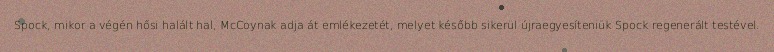
Spock, mikor a végén hősi halált hal, McCoynak adja át emlékezetét, melyet később sikerül újraegyesíteniük Spock regenerált testével.